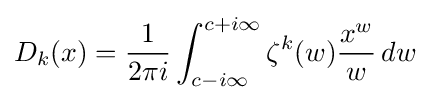
D_{k}(x)={\frac {1}{2\pi i}}\int _{c-i\infty }^{c+i\infty }\zeta ^{k}(w){\frac {x^{w}}{w}}\,dw